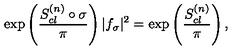
\exp \left( { \frac { S _ { c l } ^ { ( n ) } \circ \sigma } { \pi } } \right) | f _ { \sigma } | ^ { 2 } = \exp \left( { \frac { S _ { c l } ^ { ( n ) } } { \pi } } \right) ,